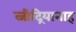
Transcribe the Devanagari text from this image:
त्नीद्रियानाह